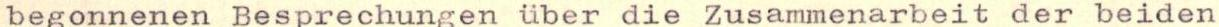
begonnenen Besprechungen über die Zusammenarbeit der beiden